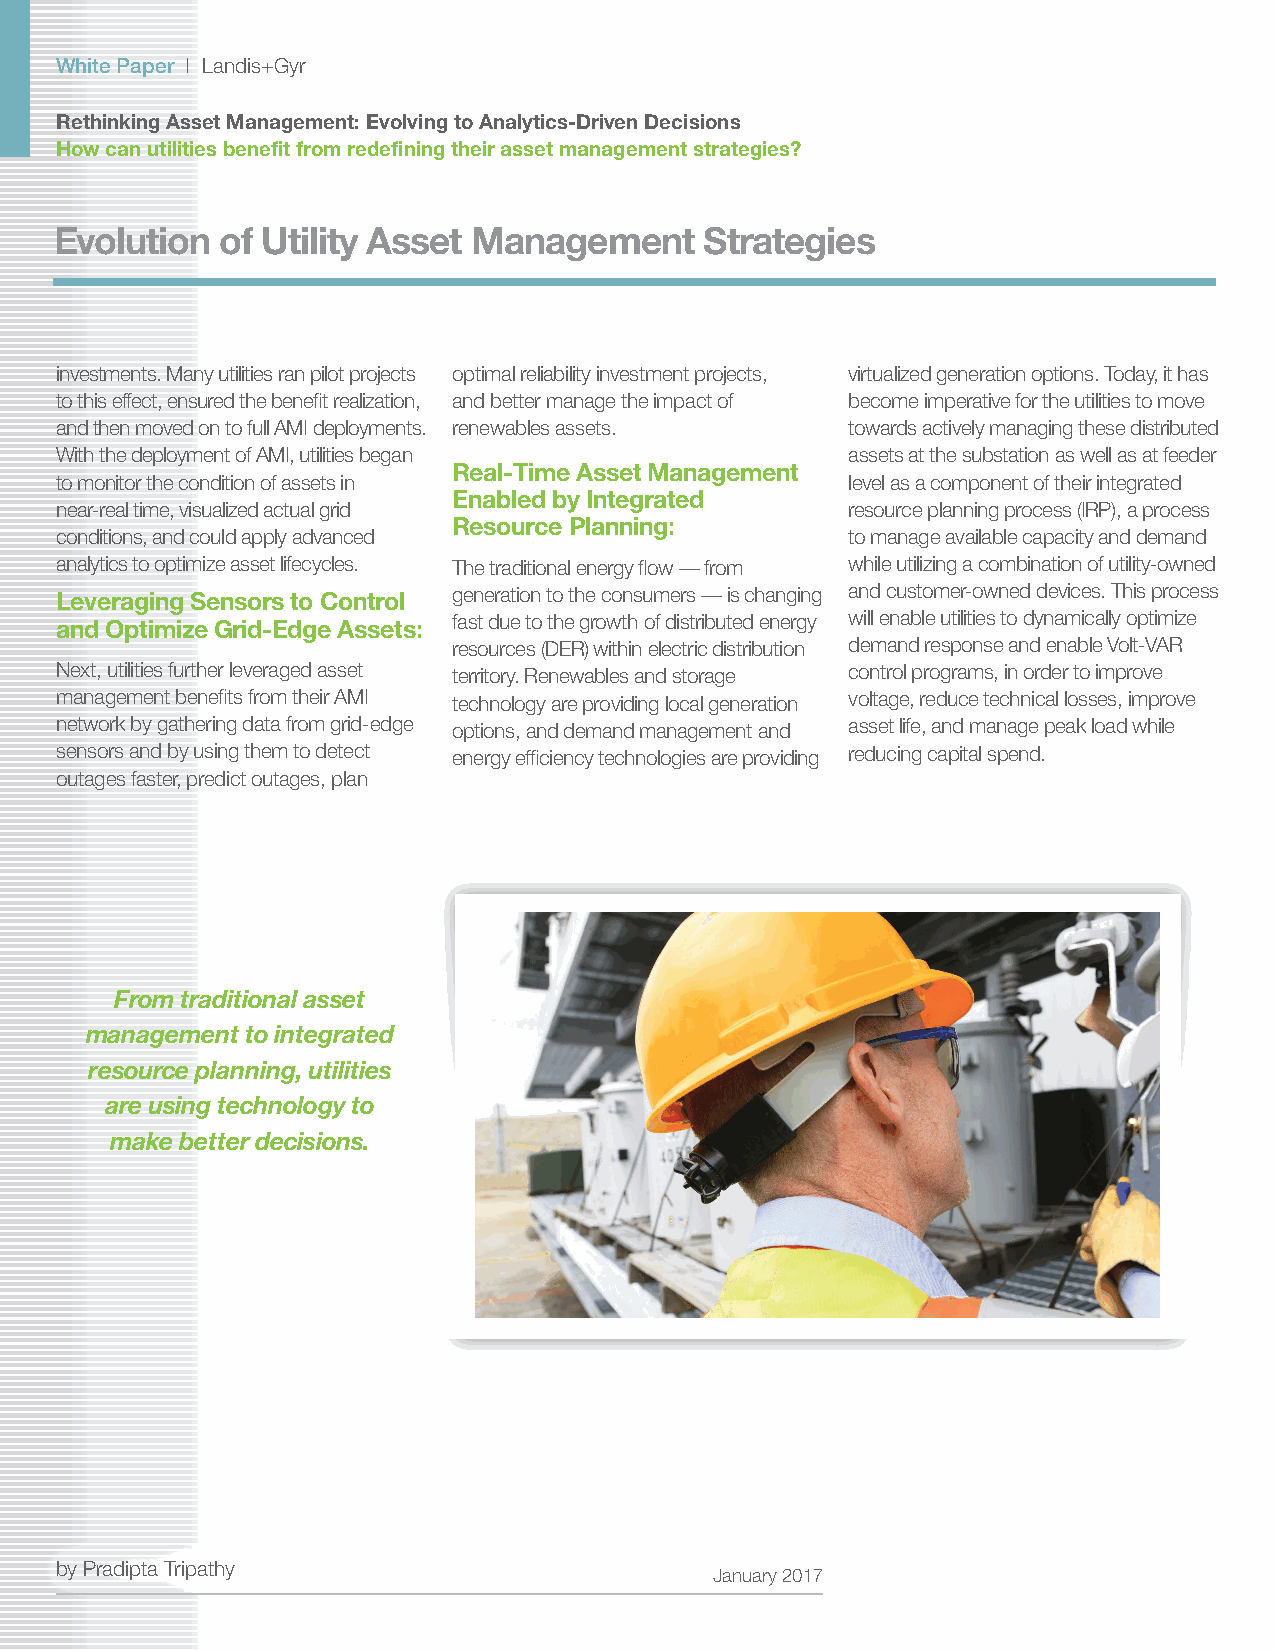
White Paper | Landis+Gyr
 Rethinking Asset Management: Evolving to Analytics-Driven Decisions
 How can utilities benefit from redefining their asset management strategies?
 Evolution  of Utility Asset Management     Strategies
 investments. Many utilities ran pilot projects optimal reliability investment projects, virtualized generation options. Today, it has
 to this effect, ensured the benefit realization, and better manage the impact of become imperative for the utilities to move
 and then moved on to full AMI deployments. renewables assets. towards actively managing these distributed
 With the deployment of AMI, utilities began         assets at the substation as well as at feeder
 Real-Time Asset Management
 to monitor the condition of assets in               level as a component of their integrated
 Enabled by Integrated
 near-real time, visualized actual grid              resource planning process (IRP), a process
 Resource Planning:
 conditions, and could apply advanced                to manage available capacity and demand
 analytics to optimize asset lifecycles. The traditional energy flow — from while utilizing a combination of utility-owned
 Leveraging Sensors to Control generation to the consumers — is changing and customer-owned devices. This process
 and Optimize Grid-Edge Assets: fast due to the growth of distributed energy will enable utilities to dynamically optimize
 resources (DER) within electric distribution demand response and enable Volt-VAR
 Next, utilities further leveraged asset territory. Renewables and storage control programs, in order to improve
 management benefits from their AMI technology are providing local generation voltage, reduce technical losses, improve
 network by gathering data from grid-edge options, and demand management and asset life, and manage peak load while
 sensors and by using them to detect energy efficiency technologies are providing reducing capital spend.
 outages faster, predict outages, plan
 From traditional asset
 management to integrated
 resource planning, utilities
 are using technology to
 make better decisions.
 by Pradipta Tripathy
 January 2017